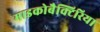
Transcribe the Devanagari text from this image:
माइकोबैक्टिरिया